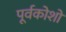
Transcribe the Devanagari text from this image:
पूर्वकोशों